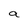
Character: a